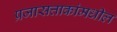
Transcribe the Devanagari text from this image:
प्रजासत्ताकांमधील